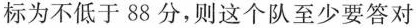
标为不低于88分，则这个队至少要答对